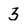
Character: 3